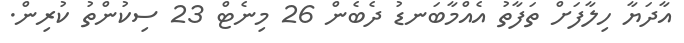
އާދަޔާ ހިލާފަށް ތަފާތު އެއްމާބަނޑު ދެބެން 26 މިނެޓް 23 ސިކުންތު ކުރިން.